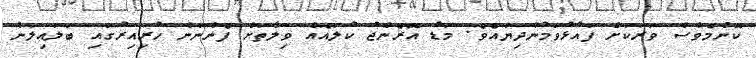
ކޮންމެވެސް ވަރަކަށް ފައުޅުވަމުންދިޔައެވެ. މަޑު އޮރެންޖު ކުލައެއް ވިލާތަށް ފެންނަން ހުރިއިރުގައި ބަލައިލަން